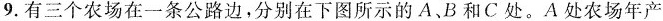
9.有三个农场在一条公路边，分别在下图所示的A、B和C处。A处农场年产